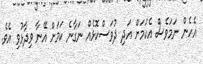
އެހެން ނަމަވެސް އެކަމަށް އަދި ދުވަސްކޮޅެއް ނަގާނެ ކަމަށް އޭނާ ވިދާޅުވި އެވެ.